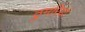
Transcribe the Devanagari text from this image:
ठुमरियां